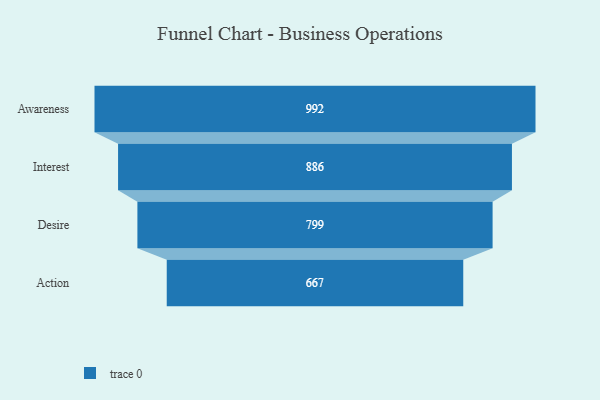
{"axis": {"x": "Stage", "y": "Value"}, "legend": [""], "data": [{"x": "Awareness", "y": 992.0, "type": ""}, {"x": "Interest", "y": 886.0, "type": ""}, {"x": "Desire", "y": 799.0, "type": ""}, {"x": "Action", "y": 667.0, "type": ""}]}